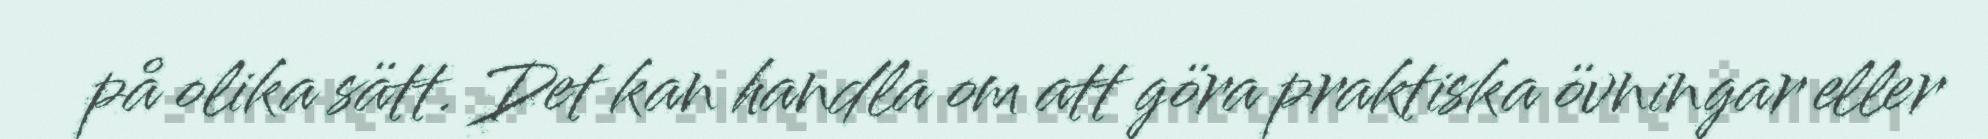
på olika sätt. Det kan handla om att göra praktiska övningar eller